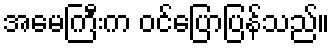
အမေကြီးက ဝင်ပြောပြန်သည်။